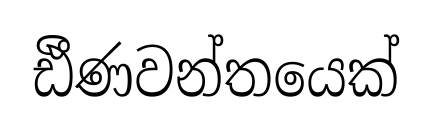
ඪීණවන්තයෙක්